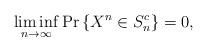
LaTeX: \begin{align*}\liminf_{n \rightarrow \infty} \Pr \left\{ X^n \in S_n^c \right\} = 0,\end{align*}